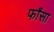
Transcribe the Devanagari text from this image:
फाँसा